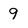
Character: 9